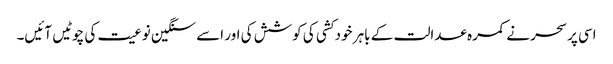
اسی پر سحر نے کمرہ عدالت کے باہر خود کشی کی کوشش کی اور اسے سنگین نوعیت کی چوٹیں آئیں۔